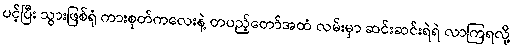
ပင့်ပြီး သွားဖြစ်ရုံ ကားစုတ်ကလေးနဲ့ တပည့်တော်အထံ လမ်းမှာ ဆင်းဆင်းရဲရဲ လာကြရလို့